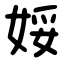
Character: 娞